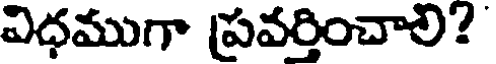
విధముగా ప్రవర్తించాలి?